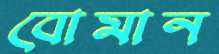
বোমান